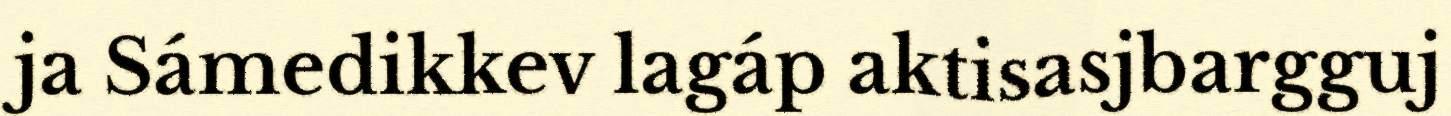
ja Sámedikkev lagáp aktisasjbargguj